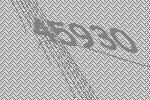
45930